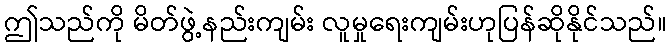
ဤသည်ကို မိတ်ဖွဲ့နည်းကျမ်း လူမှုရေးကျမ်းဟုပြန်ဆိုနိုင်သည်။